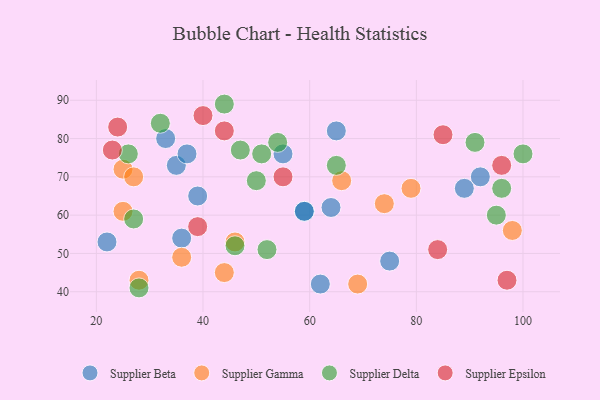
{"axis": {"x": "GDP", "y": "Life Expectancy"}, "legend": ["Supplier Beta", "Supplier Delta", "Supplier Epsilon", "Supplier Gamma"], "data": [{"x": "33", "y": 80, "type": "Supplier Beta"}, {"x": "22", "y": 53, "type": "Supplier Beta"}, {"x": "36", "y": 54, "type": "Supplier Beta"}, {"x": "64", "y": 62, "type": "Supplier Beta"}, {"x": "35", "y": 73, "type": "Supplier Beta"}, {"x": "59", "y": 61, "type": "Supplier Beta"}, {"x": "65", "y": 82, "type": "Supplier Beta"}, {"x": "75", "y": 48, "type": "Supplier Beta"}, {"x": "39", "y": 65, "type": "Supplier Beta"}, {"x": "92", "y": 70, "type": "Supplier Beta"}, {"x": "59", "y": 61, "type": "Supplier Beta"}, {"x": "62", "y": 42, "type": "Supplier Beta"}, {"x": "55", "y": 76, "type": "Supplier Beta"}, {"x": "37", "y": 76, "type": "Supplier Beta"}, {"x": "89", "y": 67, "type": "Supplier Beta"}, {"x": "25", "y": 61, "type": "Supplier Gamma"}, {"x": "74", "y": 63, "type": "Supplier Gamma"}, {"x": "28", "y": 43, "type": "Supplier Gamma"}, {"x": "46", "y": 53, "type": "Supplier Gamma"}, {"x": "66", "y": 69, "type": "Supplier Gamma"}, {"x": "69", "y": 42, "type": "Supplier Gamma"}, {"x": "25", "y": 72, "type": "Supplier Gamma"}, {"x": "36", "y": 49, "type": "Supplier Gamma"}, {"x": "98", "y": 56, "type": "Supplier Gamma"}, {"x": "44", "y": 45, "type": "Supplier Gamma"}, {"x": "27", "y": 70, "type": "Supplier Gamma"}, {"x": "79", "y": 67, "type": "Supplier Gamma"}, {"x": "95", "y": 60, "type": "Supplier Delta"}, {"x": "51", "y": 76, "type": "Supplier Delta"}, {"x": "96", "y": 67, "type": "Supplier Delta"}, {"x": "91", "y": 79, "type": "Supplier Delta"}, {"x": "100", "y": 76, "type": "Supplier Delta"}, {"x": "28", "y": 41, "type": "Supplier Delta"}, {"x": "52", "y": 51, "type": "Supplier Delta"}, {"x": "54", "y": 79, "type": "Supplier Delta"}, {"x": "32", "y": 84, "type": "Supplier Delta"}, {"x": "27", "y": 59, "type": "Supplier Delta"}, {"x": "65", "y": 73, "type": "Supplier Delta"}, {"x": "50", "y": 69, "type": "Supplier Delta"}, {"x": "44", "y": 89, "type": "Supplier Delta"}, {"x": "47", "y": 77, "type": "Supplier Delta"}, {"x": "46", "y": 52, "type": "Supplier Delta"}, {"x": "26", "y": 76, "type": "Supplier Delta"}, {"x": "39", "y": 57, "type": "Supplier Epsilon"}, {"x": "55", "y": 70, "type": "Supplier Epsilon"}, {"x": "44", "y": 82, "type": "Supplier Epsilon"}, {"x": "24", "y": 83, "type": "Supplier Epsilon"}, {"x": "85", "y": 81, "type": "Supplier Epsilon"}, {"x": "96", "y": 73, "type": "Supplier Epsilon"}, {"x": "97", "y": 43, "type": "Supplier Epsilon"}, {"x": "23", "y": 77, "type": "Supplier Epsilon"}, {"x": "84", "y": 51, "type": "Supplier Epsilon"}, {"x": "40", "y": 86, "type": "Supplier Epsilon"}]}